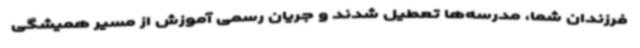
فرزندان شما، مدرسه‌ها تعطیل شدند و جریان رسمی آموزش از مسیر همیشگی